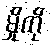
မှိုကို